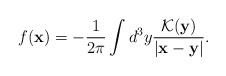
\begin{align*}f({\bf x})=-\frac{1}{2\pi}\int d^3y\frac{{\cal K}({\bf y})}{|{\bf x}-{\bf y}|}.\end{align*}